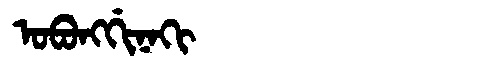
Manchu: ᠣᠪᠣᠩᡤᡳᠨᠠᡴᡳ
Romanization: OBONGGINAKI